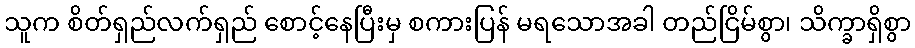
သူက စိတ်ရှည်လက်ရှည် စောင့်နေပြီးမှ စကားပြန် မရသောအခါ တည်ငြိမ်စွာ၊ သိက္ခာရှိစွာ